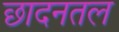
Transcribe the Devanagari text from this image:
छादनतल